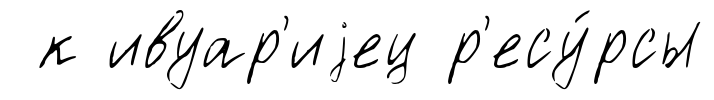
к ивуар'иjец р'есу́рсы